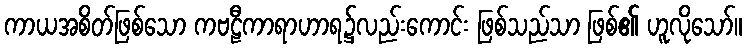
ကာယအစိတ်ဖြစ်သော ကဗဠီကာရာဟာရ၌လည်းကောင်း ဖြစ်သည်သာ ဖြစ်၏ ဟူလိုသော်။